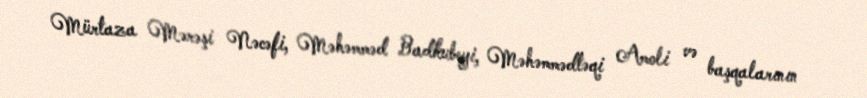
Mürtaza Mərəşi Nəcəfi, Məhəmməd Badkubeyi, Məhəmmədtəqi Amoli və başqalarının